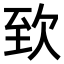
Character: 𣢶